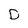
Character: D